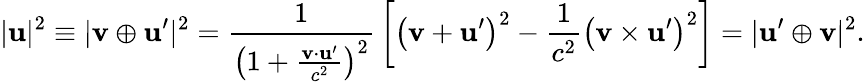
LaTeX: |\mathbf{u}|^{2}\equiv|\mathbf{v}\oplus\mathbf{u}^{\prime}|^{2}={\frac{1}{\left(1+{\frac{\mathbf{v}\cdot\mathbf{u}^{\prime}}{c^{2}}}\right)^{2}}}\left[\left(\mathbf{v}+\mathbf{u}^{\prime}\right)^{2}-{\frac{1}{c^{2}}}\left(\mathbf{v}\times\mathbf{u}^{\prime}\right)^{2}\right]=|\mathbf{u}^{\prime}\oplus\mathbf{v}|^{2}.